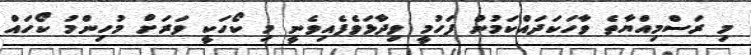
މި ރަސްމިއްޔާތެ ވާހަކަދައްކަމުން ފަހުމީ ވިދާޅަވެފެއިވެނީ މި ކޯހަކީ ވަރަށް މުހިންމު ކޯހައް